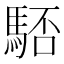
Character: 𩣚